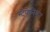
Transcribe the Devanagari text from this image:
स्टेफेनियन